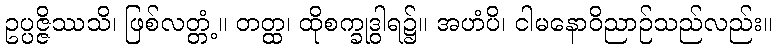
ဥပ္ပဇ္ဇိဿသိ၊ ဖြစ်လတ္တံ့။ တတ္ထ၊ ထိုစက္ခုဒွါရ၌။ အဟံပိ၊ ငါမနောဝိညာဉ်သည်လည်း။